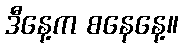
ဒီနေ့က စနေနေ့။